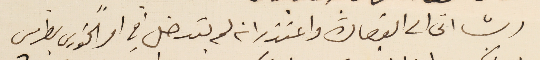
ريشا اتى الى القصادة واعتذر انه لم يتدخل في امر الخوري بطرس